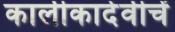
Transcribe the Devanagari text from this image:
कालीकादेवीचें